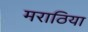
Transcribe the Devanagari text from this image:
मराठिया